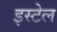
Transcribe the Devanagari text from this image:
इस्टेल